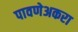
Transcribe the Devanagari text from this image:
पावणेअकरा